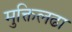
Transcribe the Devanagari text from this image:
मुक्तिलढा